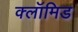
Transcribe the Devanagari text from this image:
क्लॉमिड